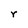
Character: r